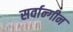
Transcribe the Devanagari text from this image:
सर्वान्गीन